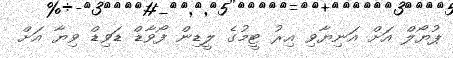
ޕުޔޯލް އަށް އަނިޔާވި އިރު ޓީމުގެ ލީޑިން ފޯވާޑް ޑަވިޑް ވިޔާ އަށް